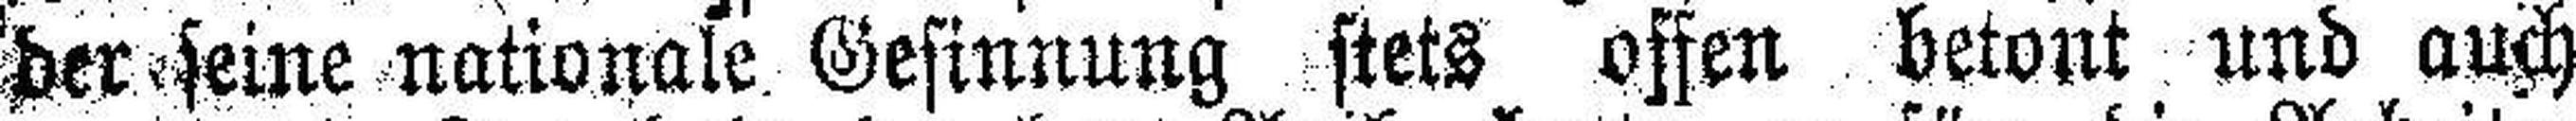
der seine nationale Gesinnung stets offen betont und auch